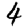
Digit: 4